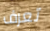
تعرف